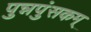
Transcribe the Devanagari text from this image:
पुन्नपुंसकम्‌